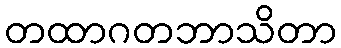
တထာဂတဘာသိတာ